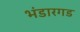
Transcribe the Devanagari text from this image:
भंडारगड